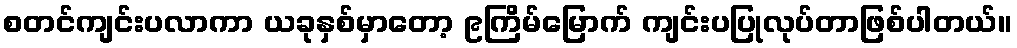
စတင်ကျင်းပလာကာ ယခုနှစ်မှာတော့ ၉ကြိမ်မြောက် ကျင်းပပြုလုပ်တာဖြစ်ပါတယ်။